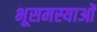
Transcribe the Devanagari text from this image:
भूसमस्याओं